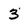
Character: 3